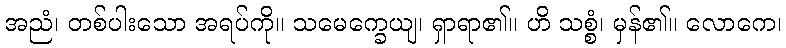
အညံ၊ တစ်ပါးသော အရပ်ကို။ သမေက္ခေယျ၊ ရှာရာ၏။ ဟိ သစ္စံ၊ မှန်၏။ လောကေ၊